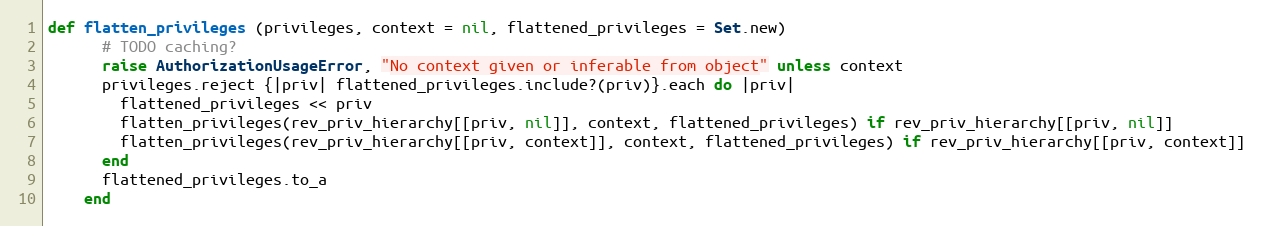
Language: Ruby
def flatten_privileges (privileges, context = nil, flattened_privileges = Set.new)
      # TODO caching?
      raise AuthorizationUsageError, "No context given or inferable from object" unless context
      privileges.reject {|priv| flattened_privileges.include?(priv)}.each do |priv|
        flattened_privileges << priv
        flatten_privileges(rev_priv_hierarchy[[priv, nil]], context, flattened_privileges) if rev_priv_hierarchy[[priv, nil]]
        flatten_privileges(rev_priv_hierarchy[[priv, context]], context, flattened_privileges) if rev_priv_hierarchy[[priv, context]]
      end
      flattened_privileges.to_a
    end